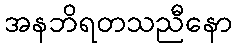
အနဘိရတသညီနော